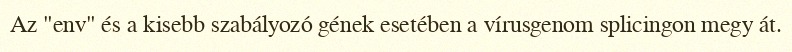
Az "env" és a kisebb szabályozó gének esetében a vírusgenom splicingon megy át.